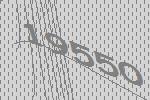
19550